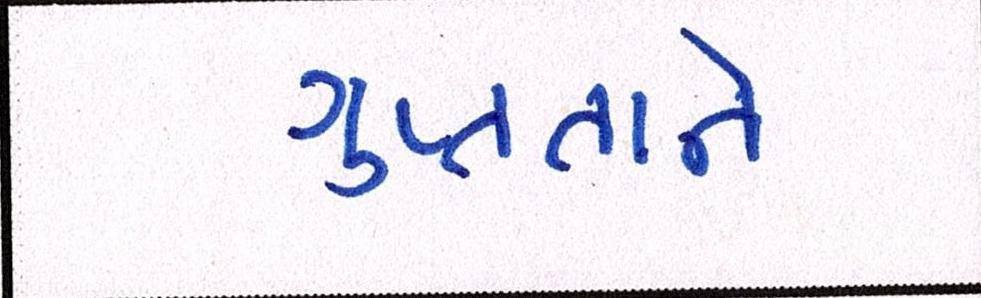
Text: ગુપ્તતાને